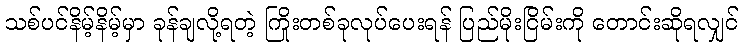
သစ်ပင်နိမ့်နိမ့်မှာ ခုန်ချလို့ရတဲ့ ကြိုးတစ်ခုလုပ်ပေးရန် ပြည်မိုးငြိမ်းကို တောင်းဆိုရလျှင်